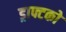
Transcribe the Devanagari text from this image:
ड्राफ्टको